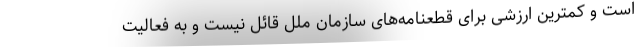
است و کمترین ارزشی برای قطعنامه‌های سازمان ملل قائل نیست و به فعالیت